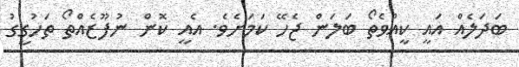
ބަދަލެއް އައީ ކީއްވެތޯ ބަލަން ޖެހޭ ކަމަށެވެ. އެއީ ކޮން ނުފޫޒެއްތޯ ތަހުގީގު